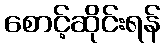
စောင့်ဆိုင်းရန်